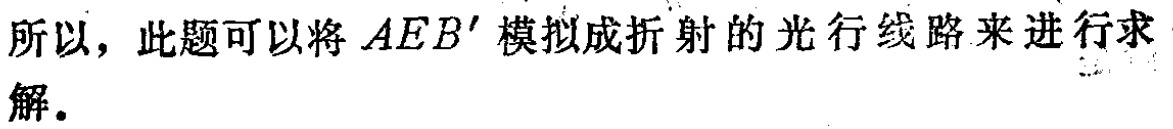
所以，此题可以将 \(AEB'\) 模拟成折射的光行线路来进行求解.